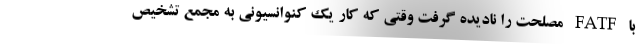
با FATF مصلحت را نادیده گرفت وقتی که کار یک کنوانسیونی به مجمع تشخیص